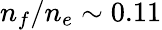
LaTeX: n_{f}/n_{e}\sim 0.11